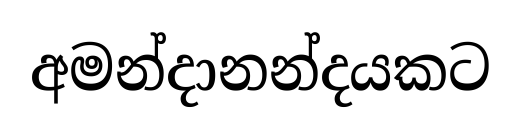
අමන්දානන්දයකට